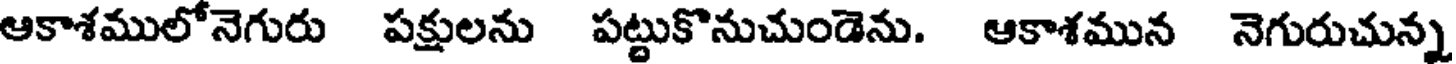
ఆకాశములోనెగురు పక్షులను పట్టుకొనుచుండెను. ఆకాశమున నెగురుచున్న